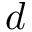
d